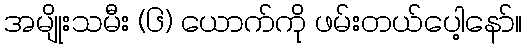
အမျိုးသမီး (၆) ယောက်ကို ဖမ်းတယ်ပေါ့နော်။